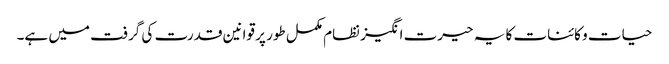
حیات و کائنات کا یہ حیرت انگیز نظام مکمل طور پر قوانین قدرت کی گرفت میں ہے۔